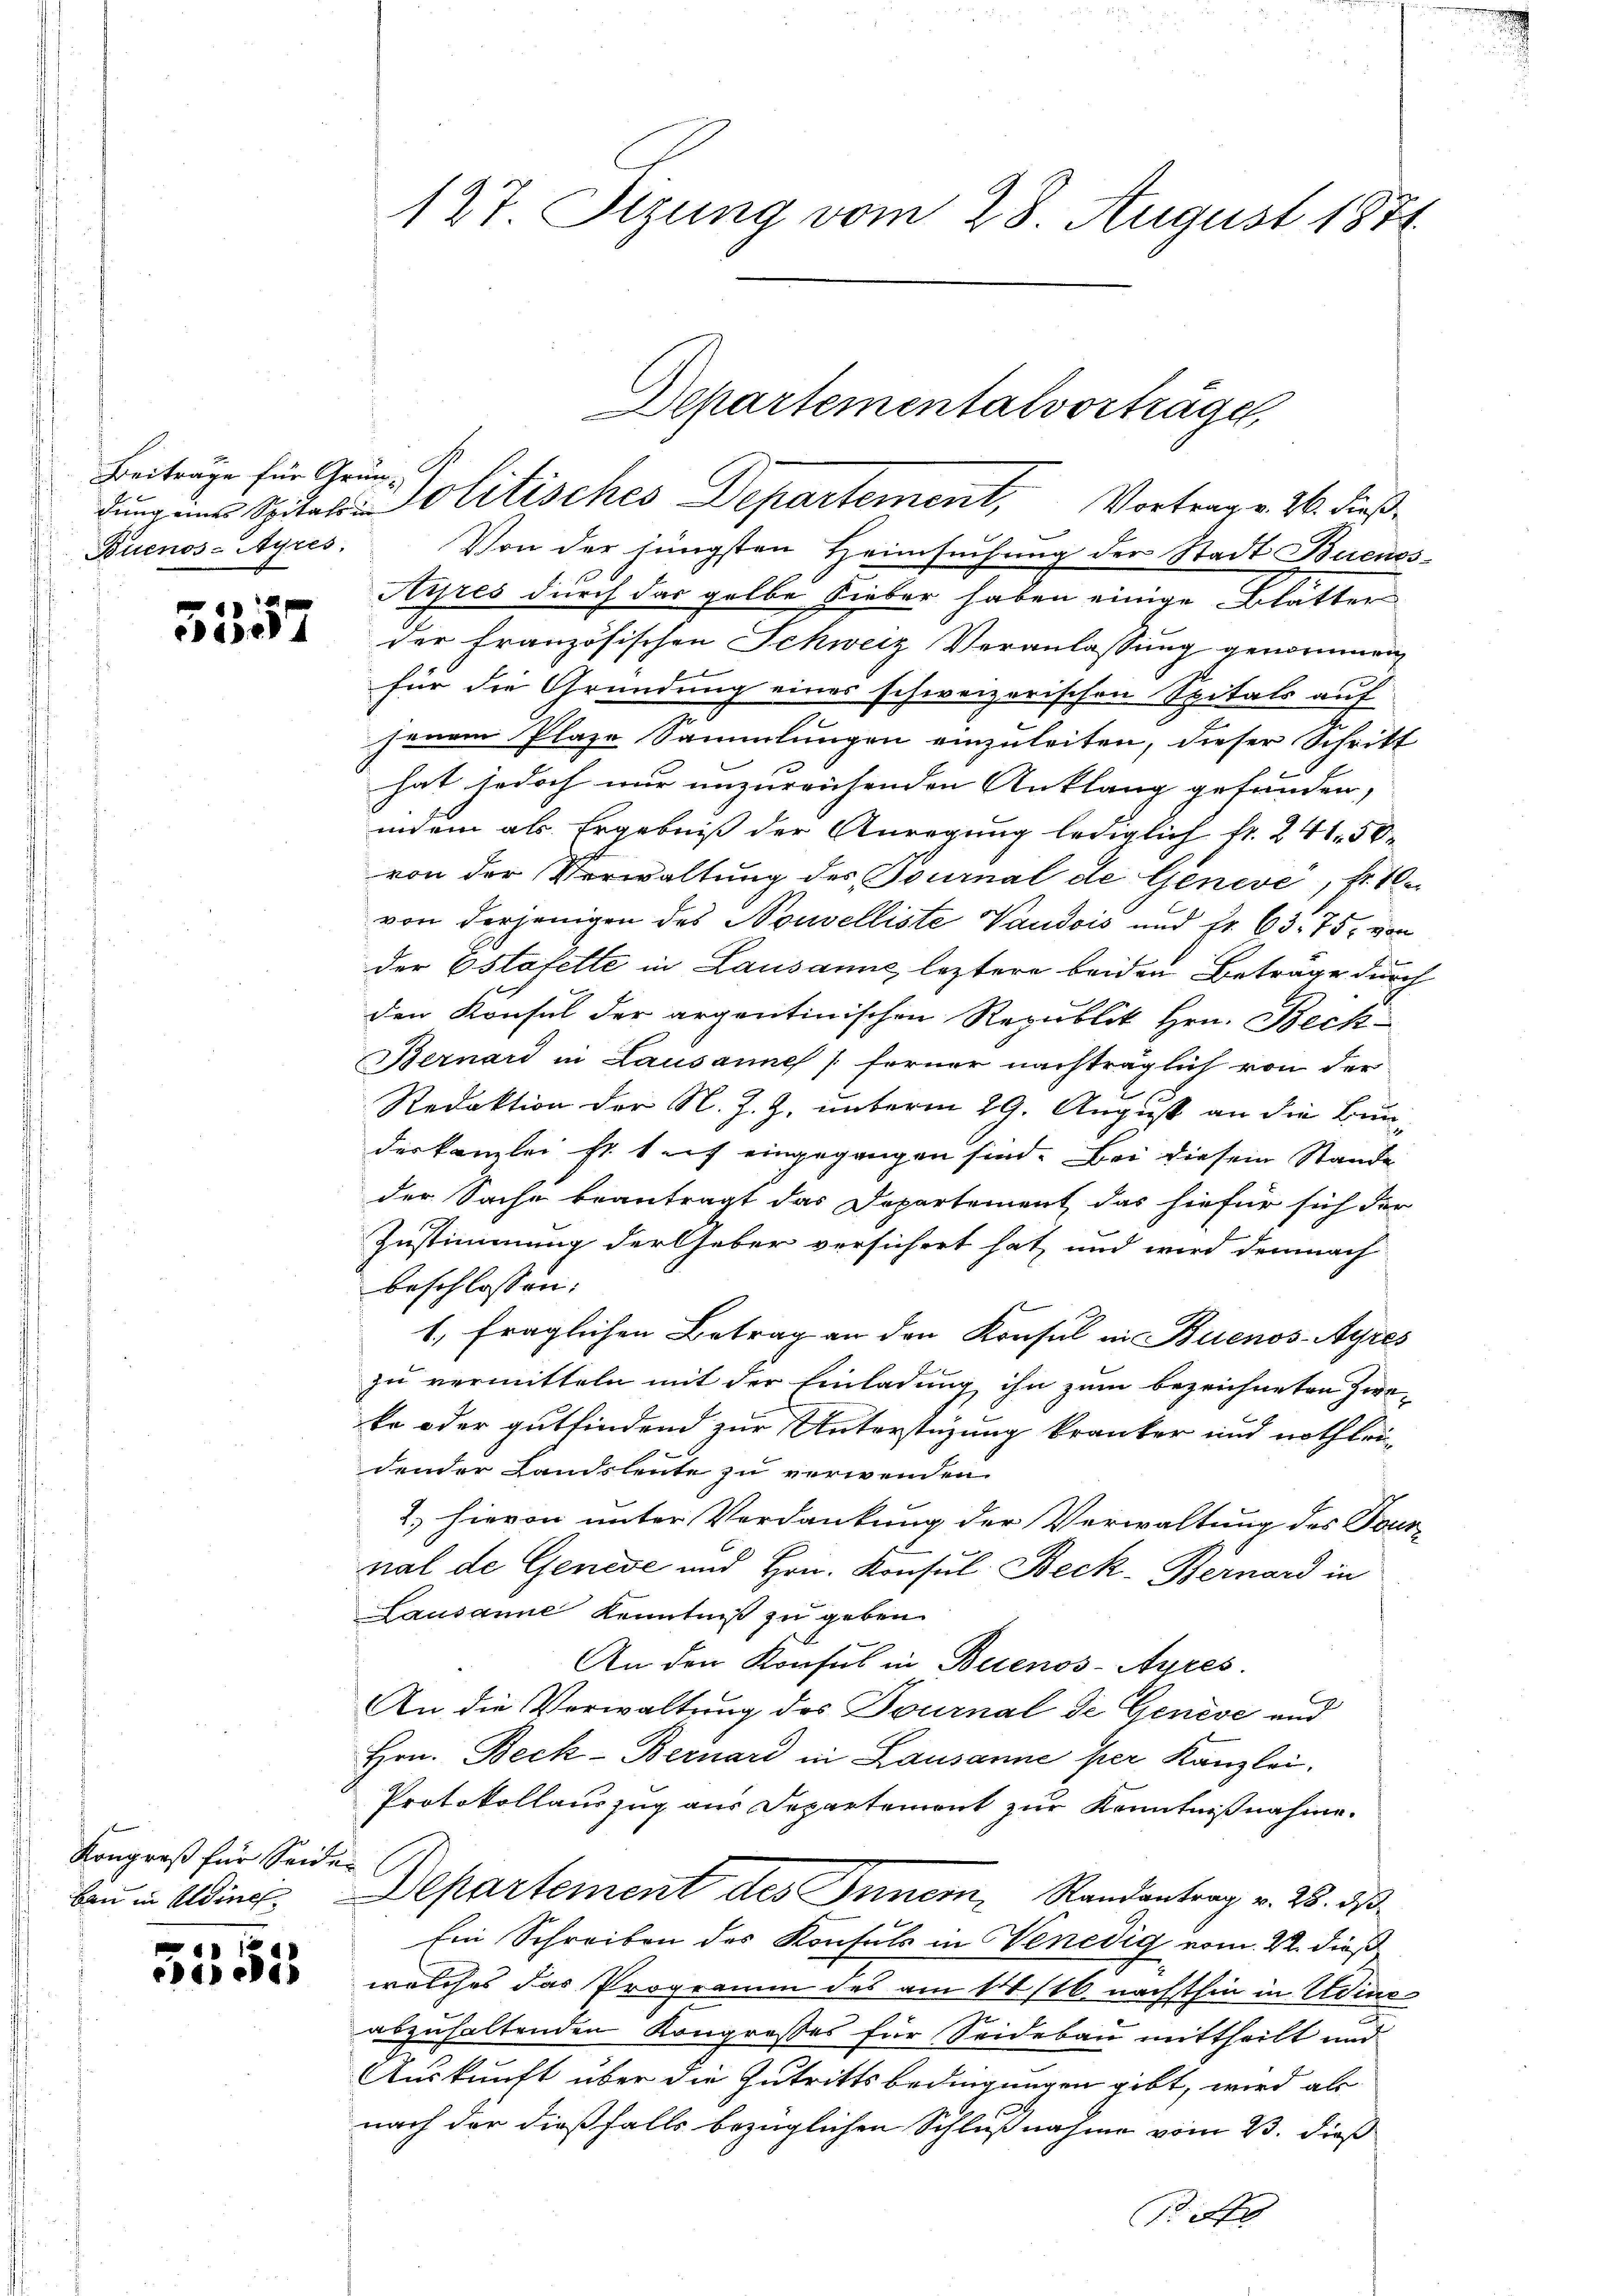
Beiträge für Grun¬
Buenos-Ayres

cade

f
Kongreß für Seide
bau in Aldines

5555

127. Sizung vom 28. August 1874.

Von der jüngsten Heimsuchung der Stadt Buenos¬
Ayres durch das gelbe Lieber haben einige Blätter
der französischen Schweiz Veranlassung genommen
für die Gründung eines schweizerischen Spitals auf
2
jenem Plaze Sammlungen einzuleiten, dieser Schritt
hat jedoch nur unzureichenden Anklang gefunden,
indem als Ergebniß der Anregung lediglich fr. 241. 50.
von der Verwaltung des Tournal de Geneve, fr. 10
von derjenigen des Nouvelliste Vaudois und Fr. 63. 75, von
2
der Estafette in Lausanne, leztere beiden Betrage durch
den Konsul der argentinischen Republik Hrn. Beck-
Bernard in Lausannes ferner nachträglich von der
Redaktion der N. Z. Z. unterm 29. August an die Bunderkanzlei st. 1 auf eingegangen sind. Bei diesem Stande
der Sache beantragt das Departement das hiefür sich der
Zustimmung der Geber versichert hat, und wird demnach
beschlossen:
fx
1., fraglichen Betrag an den Konsul an Buenos-Ayres
zu vermitteln mit der Einladung ihn zum bezeichneten Zweke oder gutfindend zur Unterstüzung kranker und nothleidender Landsleute zu verwenden
2., hievon unter Verdankung der Verwaltung des Fournal de Genese und Hrn. Konsul Beck-Bernard in
Lausanne Kenntniß zu geben.
An den Konsul in Buenos-Ayres.
An die Verwaltung des Tournal de Genève und
Hrn. Beck-Bernard in Lausanne per Kanzlei.
Protokollauszug aus Departement zur Kenntnißnahme.
E
Departement des Innern Randantrag v. 25. ds
Ein Schreiben des Konsuls in Venedig vom 22. dieß
welches das Programm des am 14/16. nachthin in Udine
abzuhaltenden Kongresses für Seidebau mittheilt und
Auskunft über die Zutrittsbedingungen gibt, wird ab
nach der dießfalls bezüglichen Schlußnahme vom 23. dieß
A

Departementalvorträge,
dung eins Spital - Politisches Departement, Vortrag v. 26. dieß¬